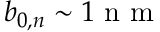
b _ { 0 , n } \sim 1 \mathrm { ~ n ~ m ~ }